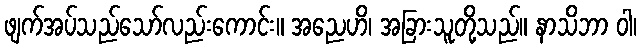
ဖျက်အပ်သည်သော်လည်းကောင်း။ အညေဟိ၊ အခြားသူတို့သည်။ နာသိဘာ ဝါ၊